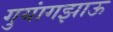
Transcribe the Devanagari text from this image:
गुयांगझाऊ